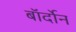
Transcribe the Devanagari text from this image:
बॉर्दोन